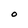
Character: O